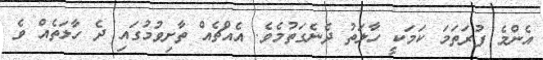
އެންމެ ފުރަތަމަ ކަމަކީ ހާލަތު ދެނެގަތުމެވެ. އެއްޗެއް ތާށިވުމުގައި ދެ ހާލަތެއް ވެ